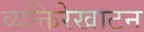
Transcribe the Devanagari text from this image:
व्यक्तिरेखाटन